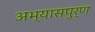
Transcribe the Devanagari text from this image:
अभ्यासपुर्ण